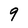
Character: 9